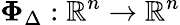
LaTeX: {\mathbf\Phi}_{\Delta}:\mathbb{R}^{n}\to\mathbb{R}^{n}